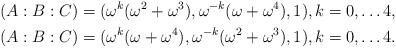
LaTeX: \begin{align*}(A:B:C) &= (\omega^k (\omega^2+\omega^3),\omega^{-k}(\omega+\omega^4),1),k=0,\ldots 4,\\(A:B:C) &= (\omega^k (\omega+\omega^4),\omega^{-k}(\omega^2+\omega^3),1),k=0,\ldots 4.\end{align*}